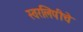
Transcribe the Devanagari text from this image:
स्वरलिपीचे